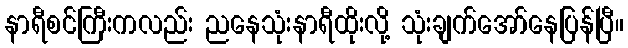
နာရီစင်ကြီးကလည်း ညနေသုံးနာရီထိုးလို့ သုံးချက်အော်နေပြန်ပြီ။